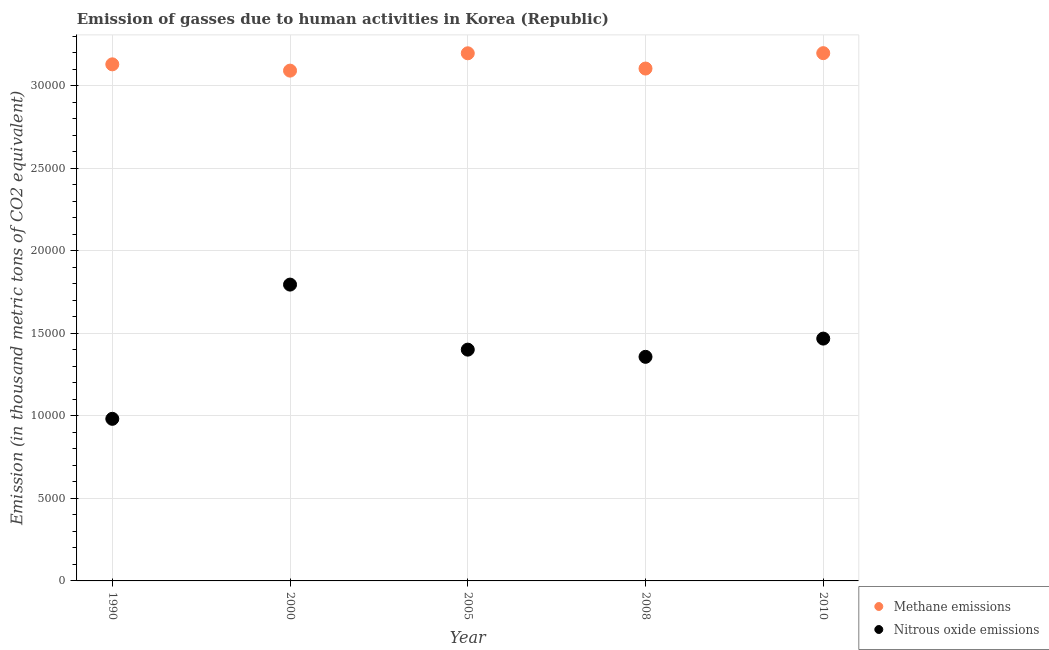
| Year | Methane emissions | Nitrous oxide emissions |
 | --- | --- | --- |
 | 1990 | 3.13e+04 | 9.82e+03 |
 | 2000 | 3.09e+04 | 1.8e+04 |
 | 2005 | 3.2e+04 | 1.4e+04 |
 | 2008 | 3.11e+04 | 1.36e+04 |
 | 2010 | 3.2e+04 | 1.47e+04 |